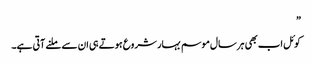
”
کوئل اب بھی ہر سال موسم بہار شروع ہوتے ہی ان سے ملنے آتی ہے۔